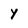
Character: Y